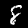
Label: 8